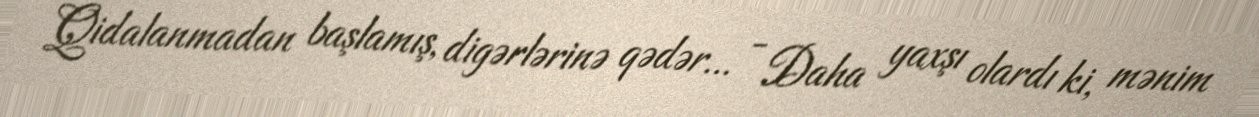
Qidalanmadan başlamış, digərlərinə qədər... - Daha yaxşı olardı ki, mənim